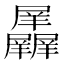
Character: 𱛃